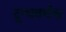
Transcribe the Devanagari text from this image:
दुग्धवर्धक